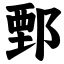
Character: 鄄